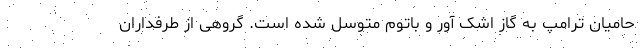
حامیان ترامپ به گاز اشک آور و باتوم متوسل شده است. گروهی از طرفداران